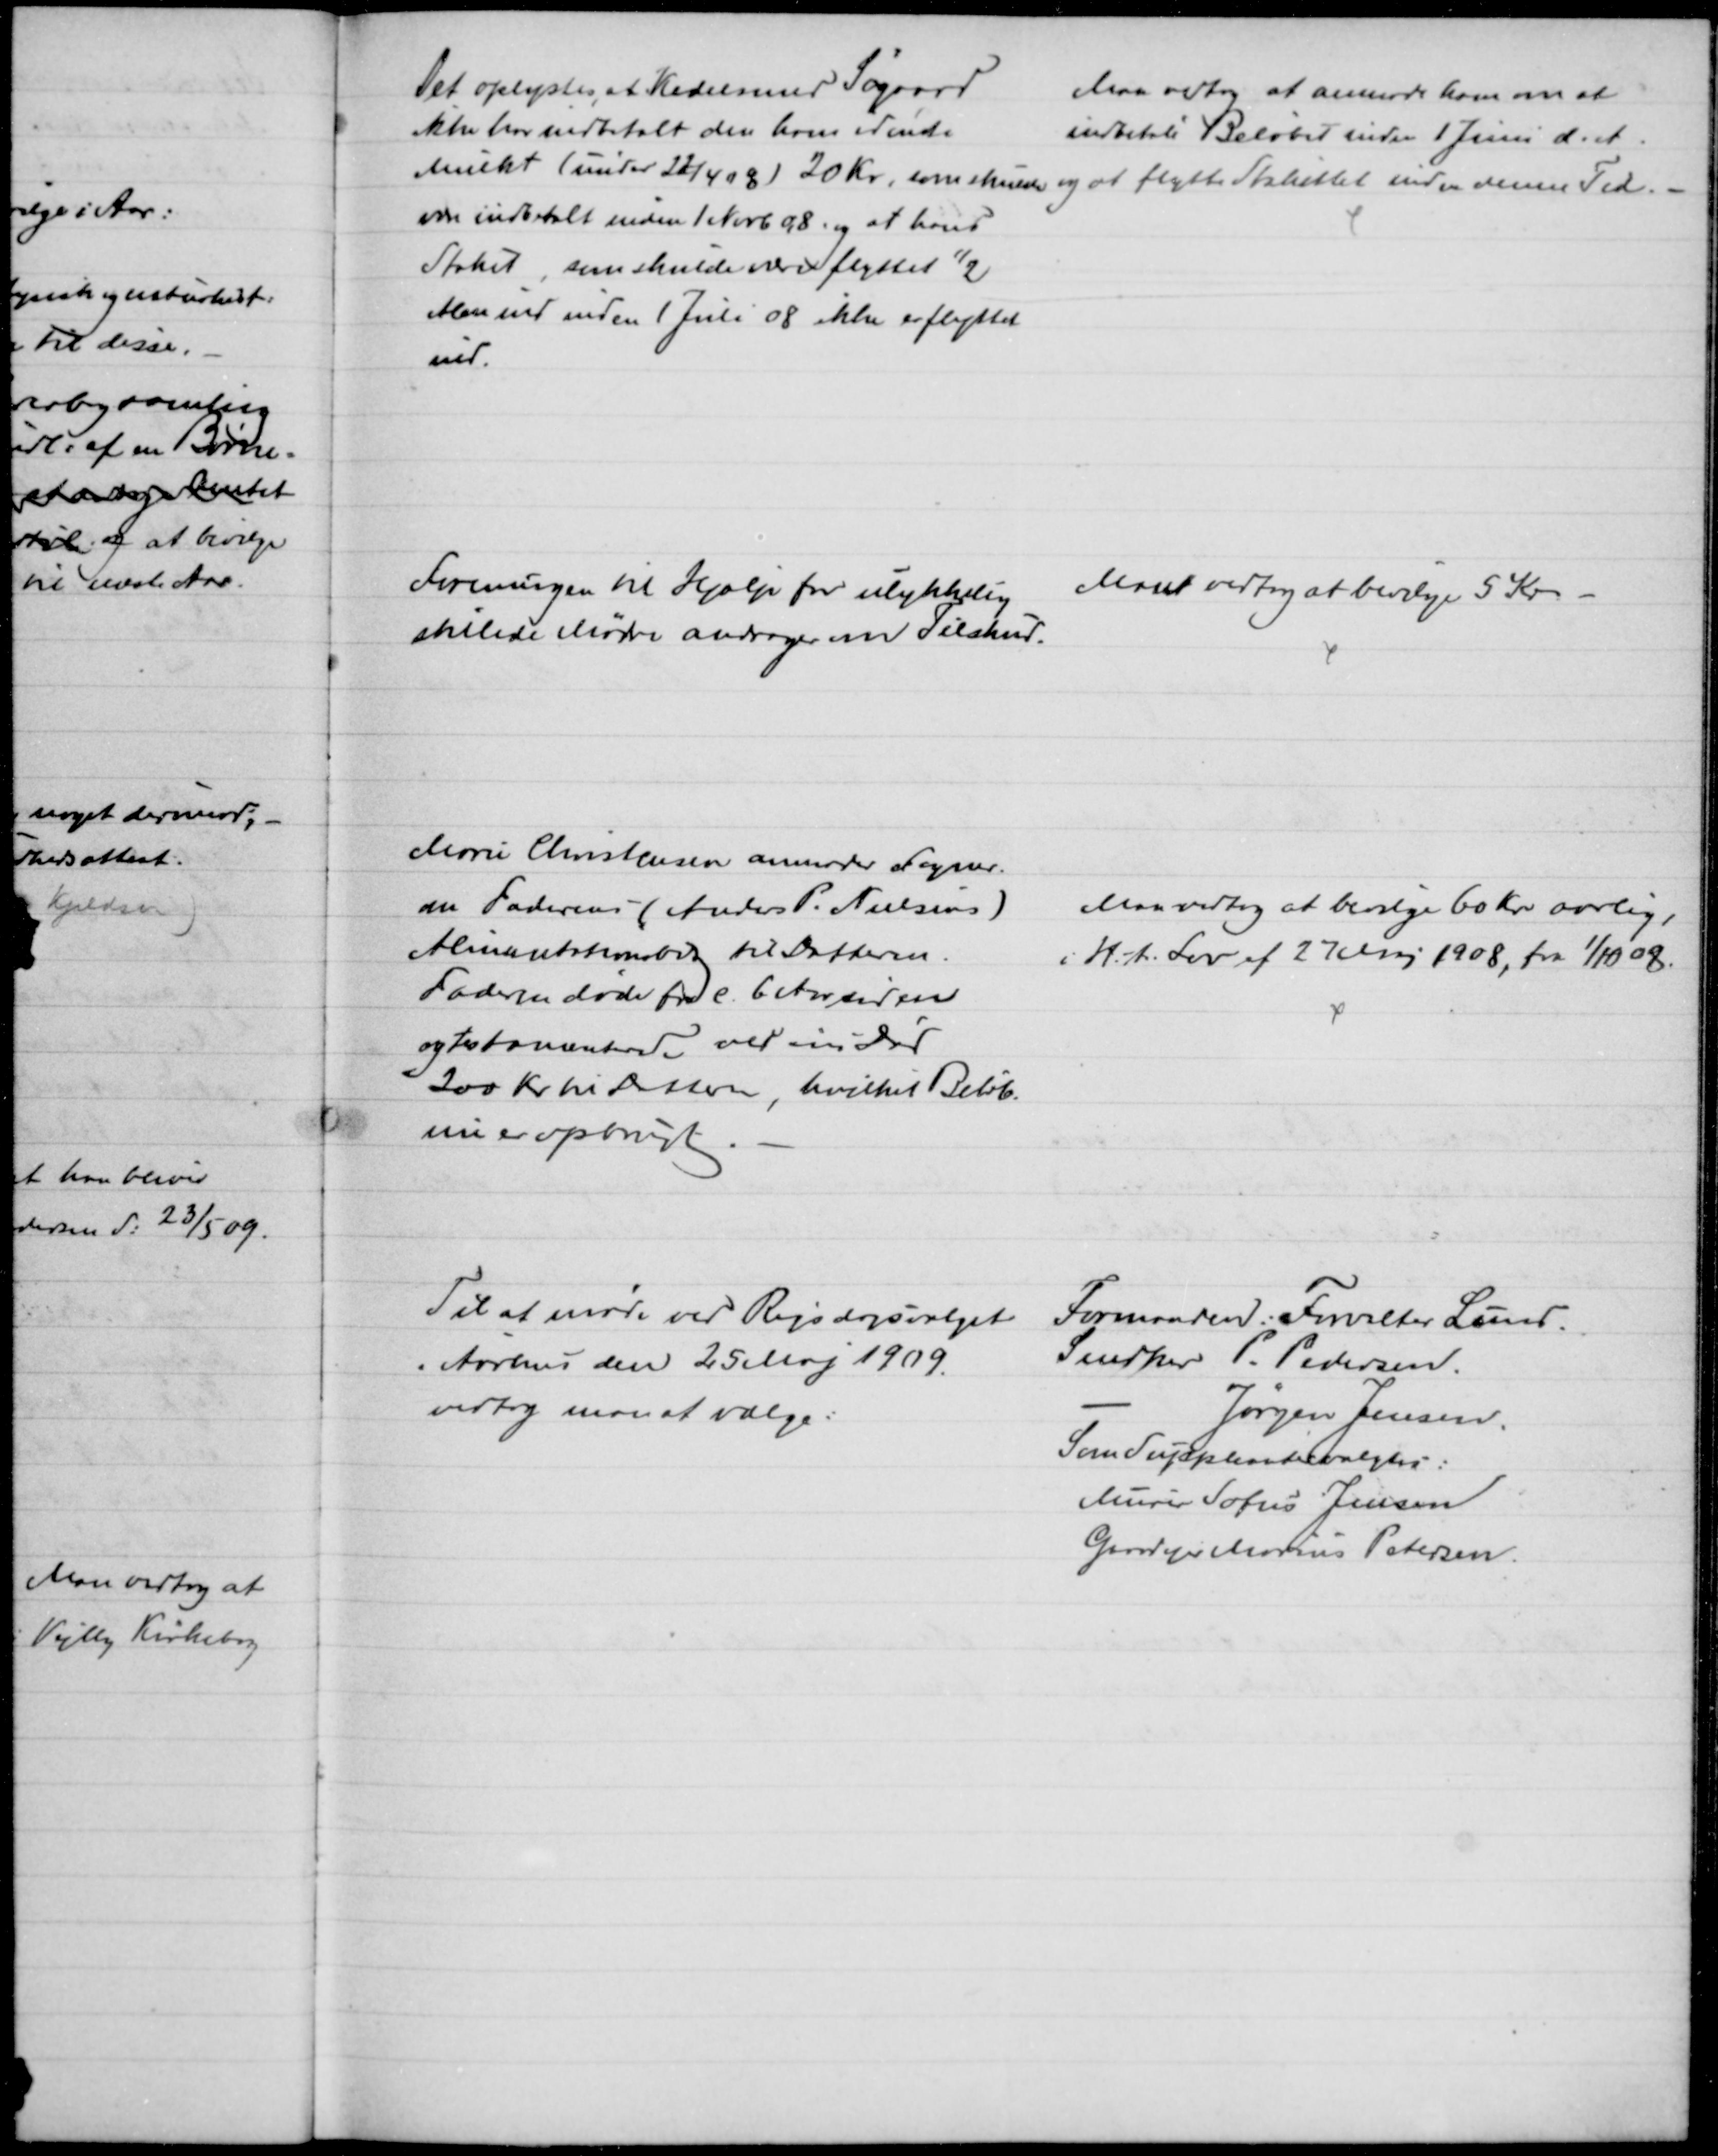
Transskription:
Det oplystes, at Kedelsmed Søgaard
ikke har indbetalt den ham idømte
Mulkt (under 22/4 08) 20 Kr, som skulde 
være indbetalt inden 1 Novb 08. og at hans
Stakit, som skulde være flyttet ½
Alen ind inden 1 Juli 08 ikke er flyttet
ind.
Man vedtog at anmode ham om at
indbetale Beløbet inden 1 Juni d. A.
og at flytte Stakittet inden denne Tid. 
Foreningen til Hjælp for ulykkelig
stillede Mødre andrager om Tilskud.
Man vedtog at bevilge 5 Kr
Marie Christensen anmoder Sogner.
om Faderens (Anders P. Nielsens)
Alimentationsbidrag til Datteren.
Faderen døde for c. 6 Aar siden
og testamenterede ved sin Død
200 Kr til Datteren, hvilket Beløb
nu er opbrugt.
Man vedtog at bevilge 60 Kr. aarlig,
i H.t. Lov af 27 Maj 1908, fra 1/10 08.
Til at møde ved Rigsdagsvalget
i Aarhus den 25 Maj 1909.
vedtog man at vælge:
Formanden: Forvalter Lund.
Snedker P. Pedersen.
Jørgen Jensen.
Som Suppleanter valgtes:
Murer Sofus Jensen
Gaardejer Marius Petersen.